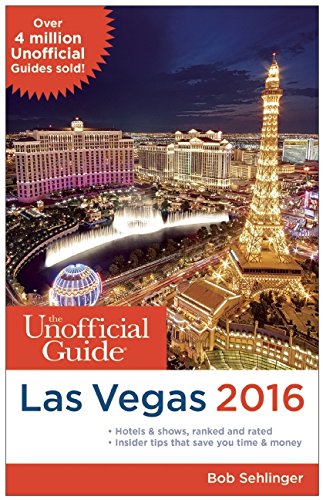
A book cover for The Unofficial Guide to Las Vegas 2016; Bob Sehlinger; Humor & Entertainment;